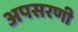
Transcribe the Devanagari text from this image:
अपसरणी